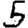
Digit: 5